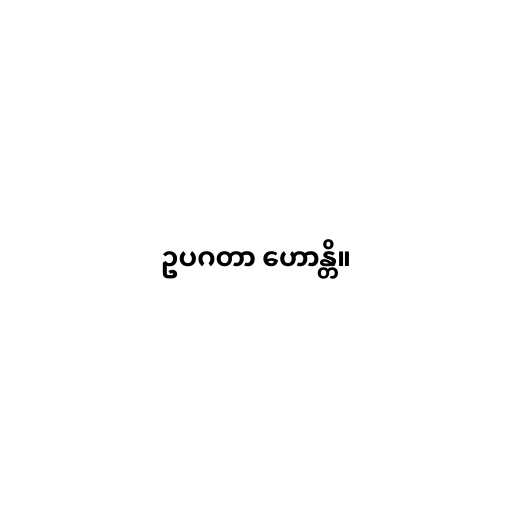
ဥပဂတာ ဟောန္တိ။